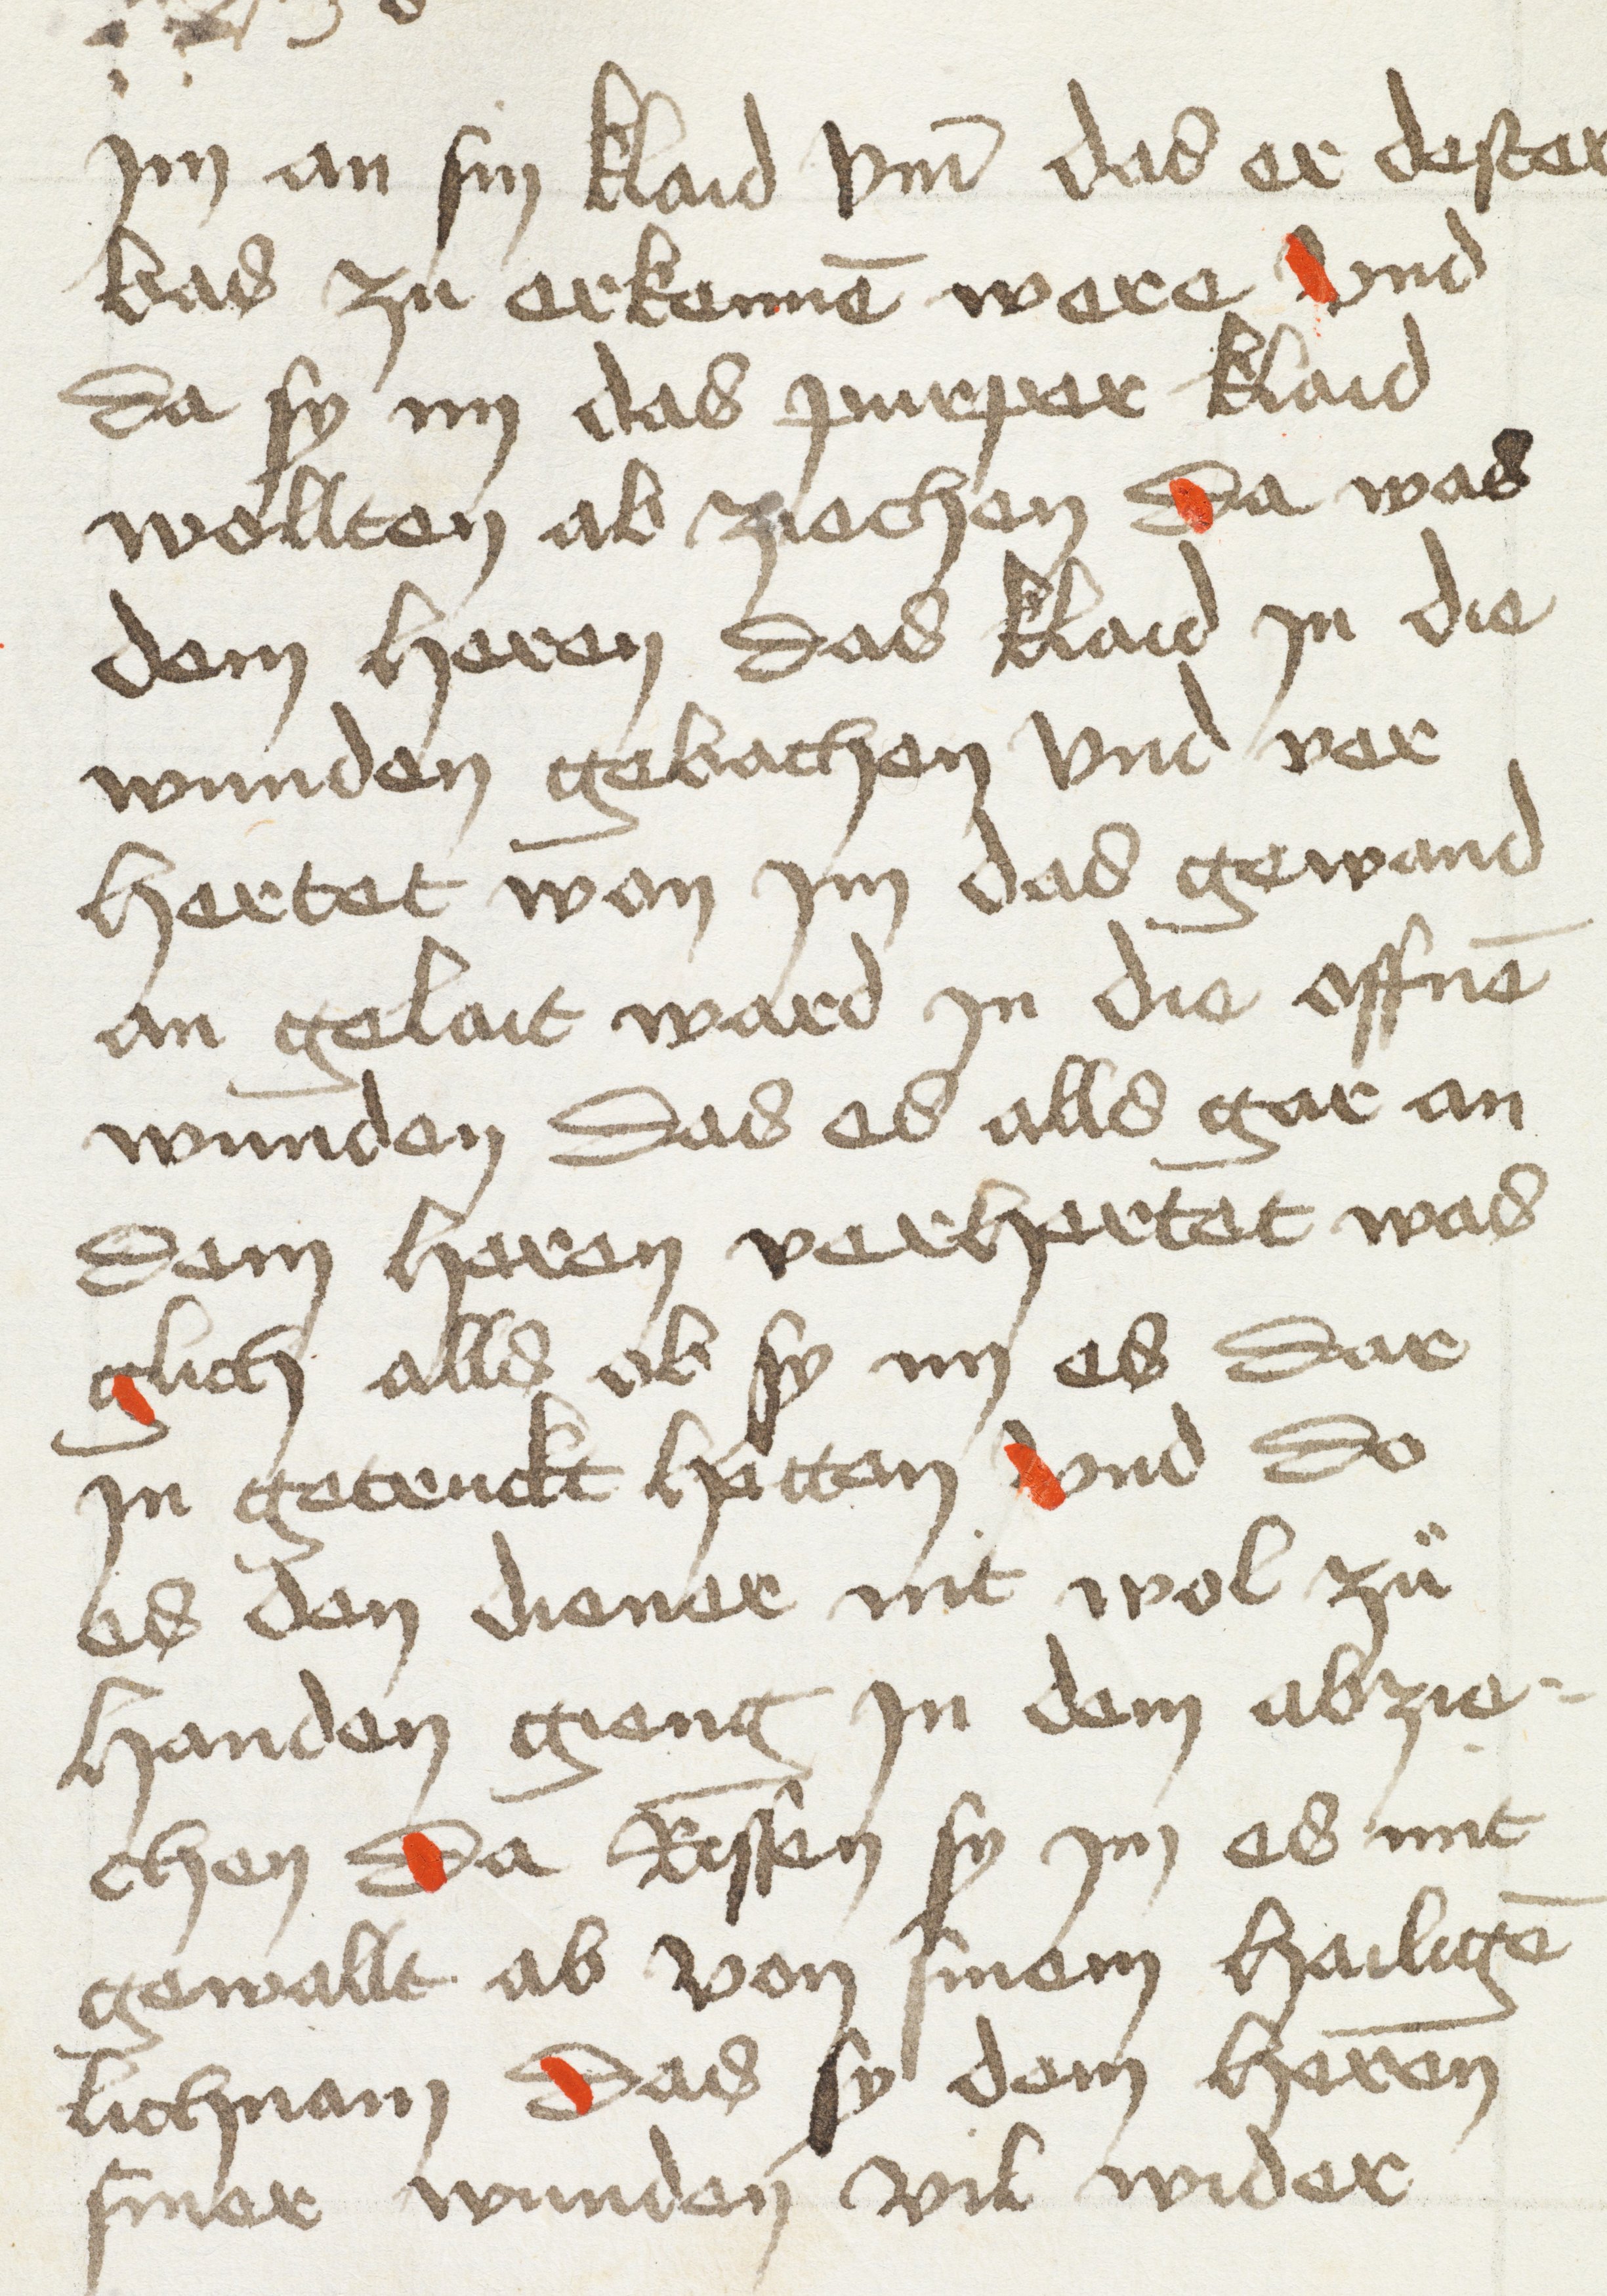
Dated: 1498–1498